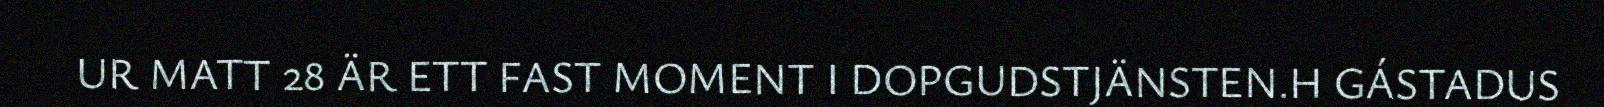
UR MATT 28 ÄR ETT FAST MOMENT I DOPGUDSTJÄNSTEN.H GÁSTADUS